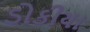
ડોકીયા